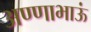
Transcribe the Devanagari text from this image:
अण्णाभाऊं